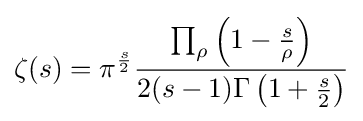
\zeta (s)=\pi ^{\frac {s}{2}}{\frac {\prod _{\rho }\left(1-{\frac {s}{\rho }}\right)}{2(s-1)\Gamma \left(1+{\frac {s}{2}}\right)}}